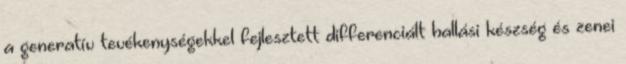
a generatív tevékenységekkel fejlesztett differenciált hallási készség és zenei